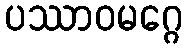
ပဿာဝမဂ္ဂေ